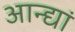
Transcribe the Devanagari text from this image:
आन्द्यां